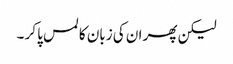
لیکن پھر ان کی زبان کا لمس پا کر ۔